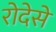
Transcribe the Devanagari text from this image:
रोदेसे